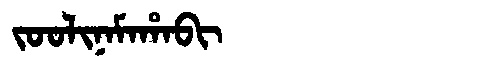
Manchu: ᠵᠣᠣᠯᡳᠨᠠᠮᠠᡥᠠᠪᡳ
Romanization: JOOLINAMAHABI